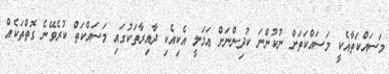
މަސައްކަތާއެކީ މަސައްކަތަށް ނުކުންނަ ކުދިންނަށް ޢަމަލީ އެކިއެކި ދާއިރާތަކުގައި މަސައްކަތް ކުރެވޭނެ ގޮތްތަކެއް